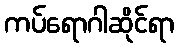
ကပ်ရောဂါဆိုင်ရာ